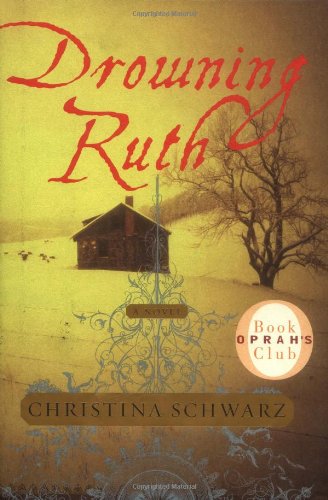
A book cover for Drowning Ruth: A Novel (Oprah's Book Club); Christina Schwarz; Literature & Fiction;